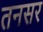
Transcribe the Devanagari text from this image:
तनसर